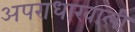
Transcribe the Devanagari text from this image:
अपराधाखाली